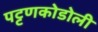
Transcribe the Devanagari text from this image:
पट्टणकोडोली